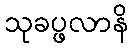
သုခပ္ဖလာနိ